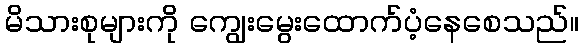
မိသားစုများကို ကျွေးမွေးထောက်ပံ့နေစေသည်။